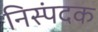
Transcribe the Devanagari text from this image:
निस्पंदक